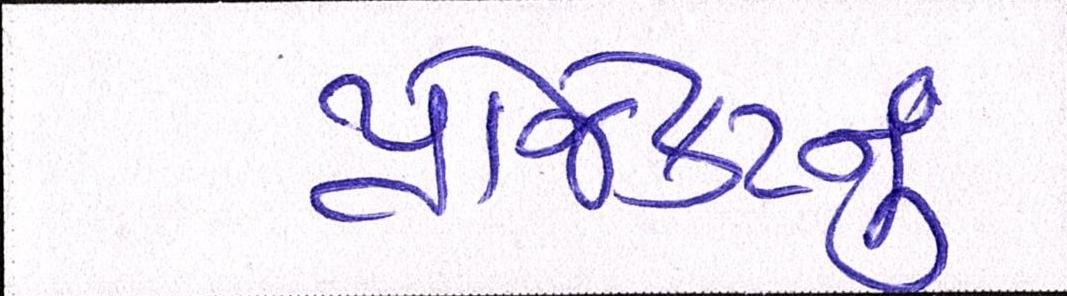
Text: પ્રોજેકટનું